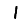
Digit: 1